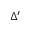
\Delta ^ { \prime }